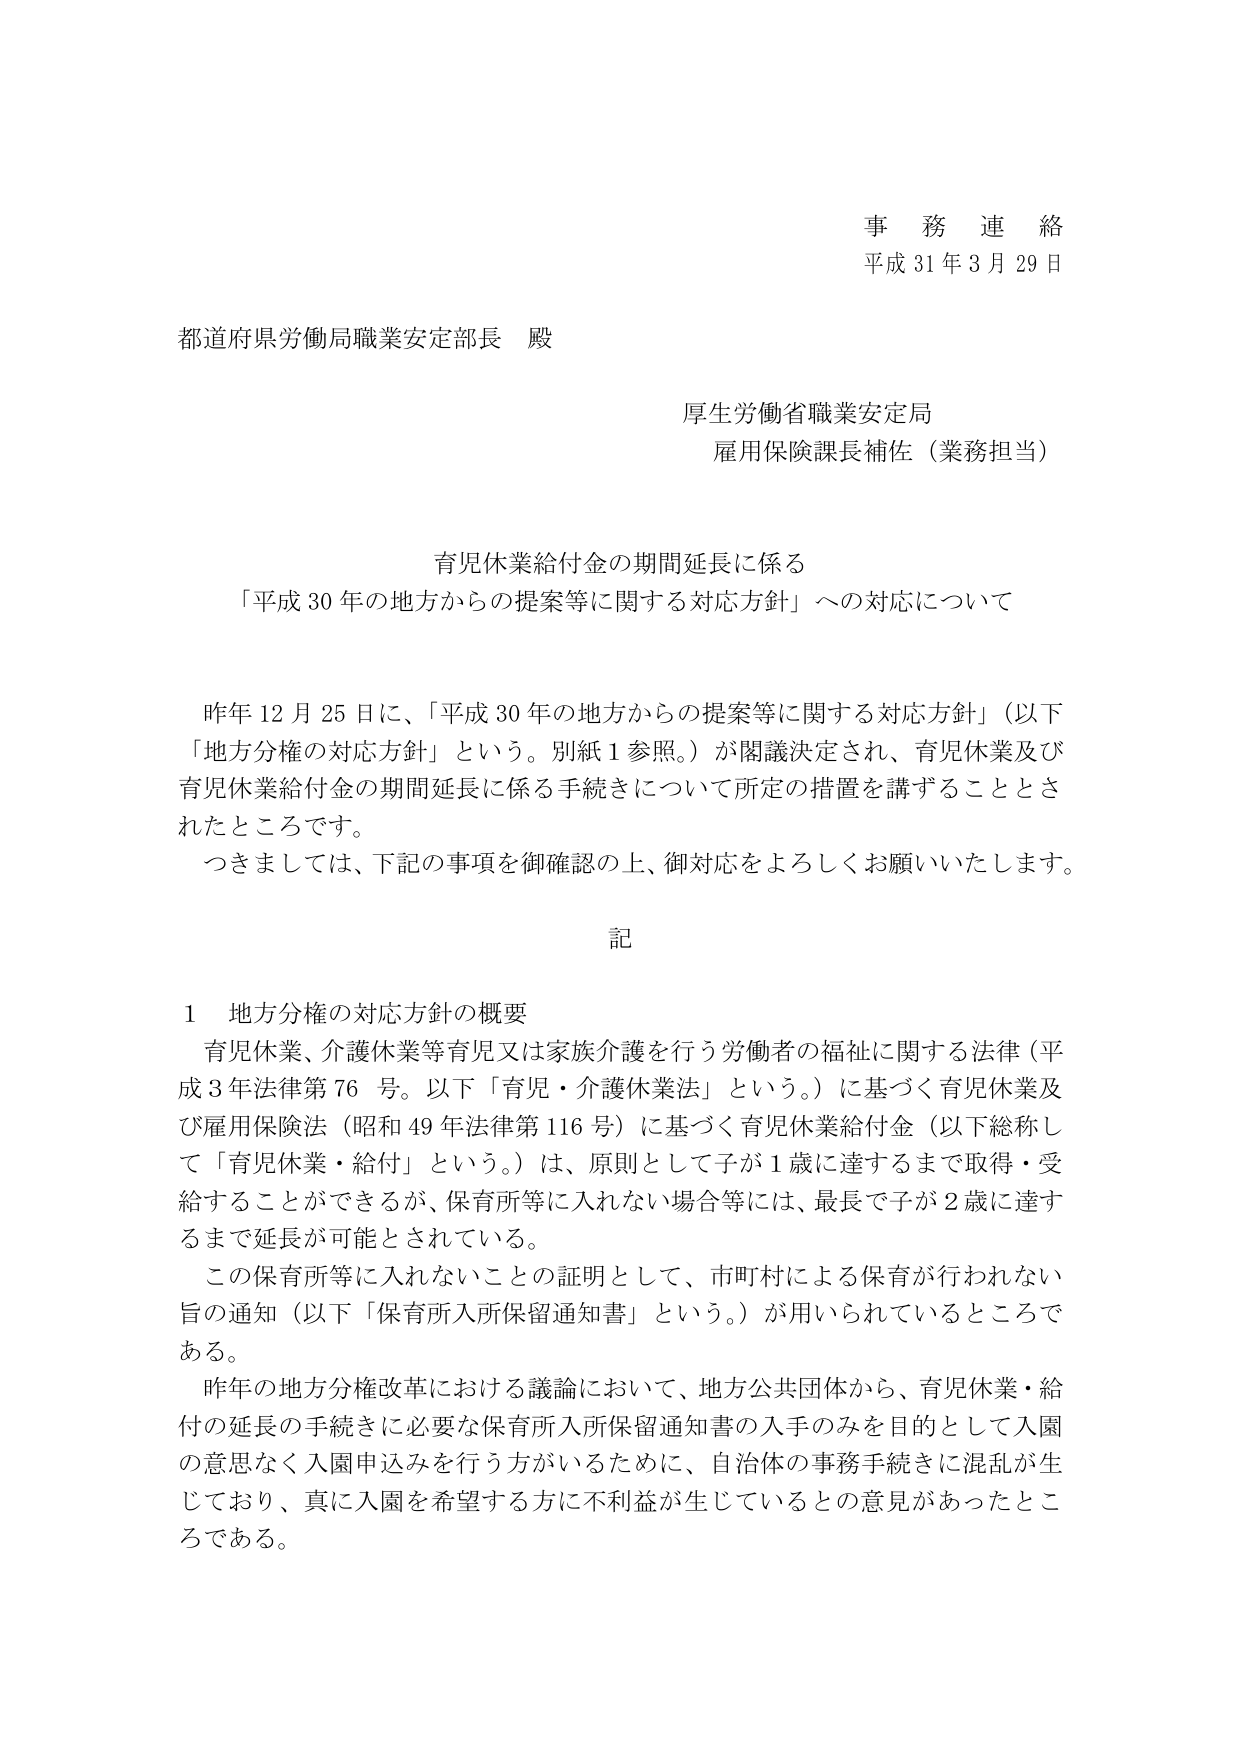
事務連絡
平成31年3月29日

都道府県労働局職業安定部長 殿

厚生労働省職業安定局
雇用保険課長補佐（業務担当）

育児休業給付金の期間延長に係る
「平成30年の地方からの提案等に関する対応方針」への対応について

昨年12月25日に、「平成30年の地方からの提案等に関する対応方針」（以下「地方分権の対応方針」という。別紙1参照。）が閣議決定され、育児休業及び育児休業給付金の期間延長に係る手続きについて所定の措置を講ずることとされたところです。
つきましては、下記の事項を御確認の上、御対応をよろしくお願いいたします。

記

1 地方分権の対応方針の概要
育児休業、介護休業等育児又は家族介護を行う労働者の福祉に関する法律（平成3年法律第76号。以下「育児・介護休業法」という。）に基づく育児休業及び雇用保険法（昭和49年法律第116号）に基づく育児休業給付金（以下総称して「育児休業・給付」という。）は、原則として子が1歳に達するまで取得・受給することができるが、保育所等に入れない場合等には、最長で子が2歳に達するまで延長が可能とされている。
この保育所等に入れないことの証明として、市町村による保育が行われない旨の通知（以下「保育所入所保留通知書」という。）が用いられているところである。
昨年の地方分権改革における議論において、地方公共団体から、育児休業・給付の延長の手続きに必要な保育所入所保留通知書の入手のみを目的として入園の意思なく入園申込みを行う方がいるために、自治体の事務手続きに混乱が生じており、真に入園を希望する方に不利益が生じているとの意見があったところである。